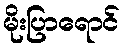
မိုးပြာရောင်